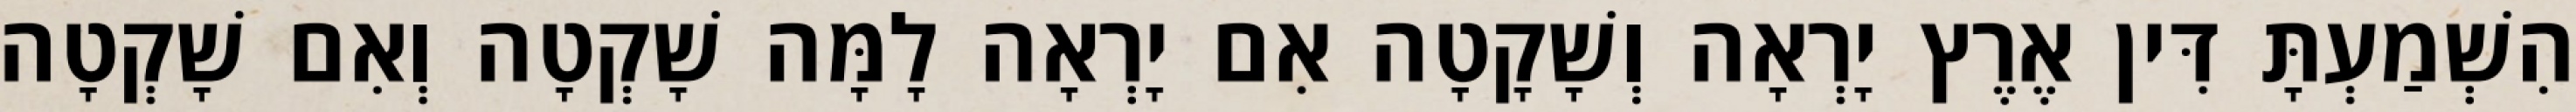
הִשְׁמַעְתָּ דִּין אֶרֶץ יָרְאָה וְשָׁקָטָה אִם יָרְאָה לָמָּה שָׁקְטָה וְאִם שָׁקְטָה